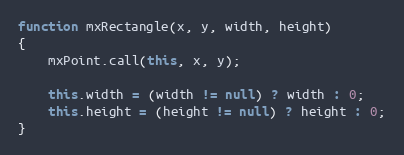
Language: JavaScript
function mxRectangle(x, y, width, height)
{
	mxPoint.call(this, x, y);

	this.width = (width != null) ? width : 0;
	this.height = (height != null) ? height : 0;
}